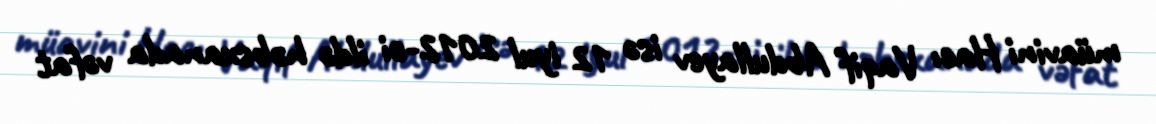
müavini Hacı Vaqif Abdullayev isə 12 iyul 2012-ci ildə həbsxanada vəfat